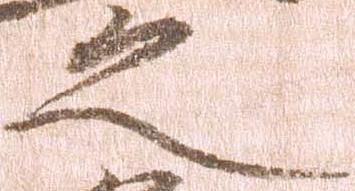
之